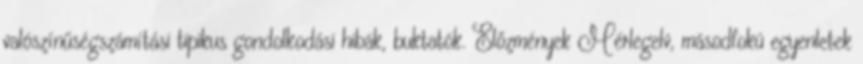
valószínűségszámítási tipikus gondolkodási hibák, buktatók. Előzmények Mérlegelv, másodfokú egyenletek